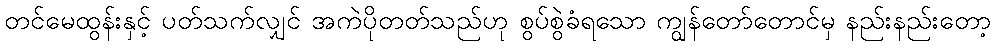
တင်မေထွန်းနှင့် ပတ်သက်လျှင် အကဲပိုတတ်သည်ဟု စွပ်စွဲခံရသော ကျွန်တော်တောင်မှ နည်းနည်းတော့